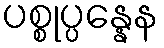
ပစ္စုပ္ပန္နေန